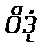
ဝိဒုံ